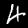
Digit: 4